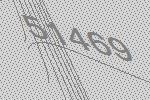
51469